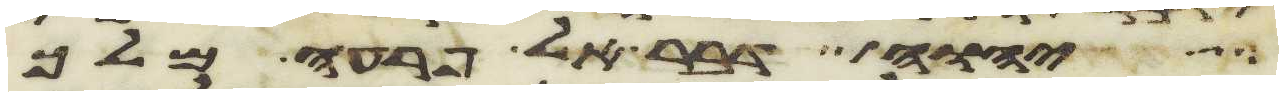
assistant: יהוה דבר אל פרעה מלך